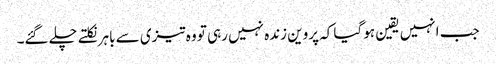
جب انہیں یقین ہو گیا کہ پروین زندہ نہیں رہی تو وہ تیزی سے باہر نکلتے چلے گئے۔